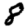
Digit: 8